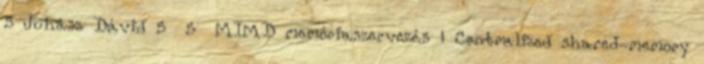
5 Juhász Dávid 5 5 MIMD memóriaszervezés ● Centralized shared-memory